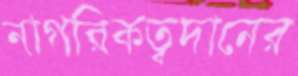
নাগরিকত্বদানের